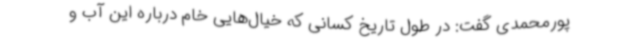
پورمحمدی گفت: در طول تاریخ کسانی که خیال‌هایی خام درباره این آب و